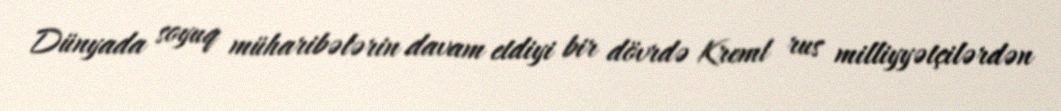
Dünyada soyuq müharibələrin davam etdiyi bir dövrdə Kreml rus milliyyətçilərdən